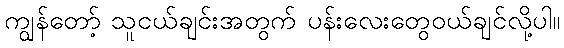
ကျွန်တော့် သူငယ်ချင်းအတွက် ပန်းလေးတွေဝယ်ချင်လို့ပါ။